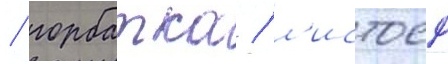
/ горбатка / л'истоед